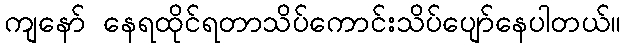
ကျနော် နေရထိုင်ရတာသိပ်ကောင်းသိပ်ပျော်နေပါတယ်။